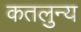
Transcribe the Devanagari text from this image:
कतलुन्य